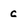
Character: c